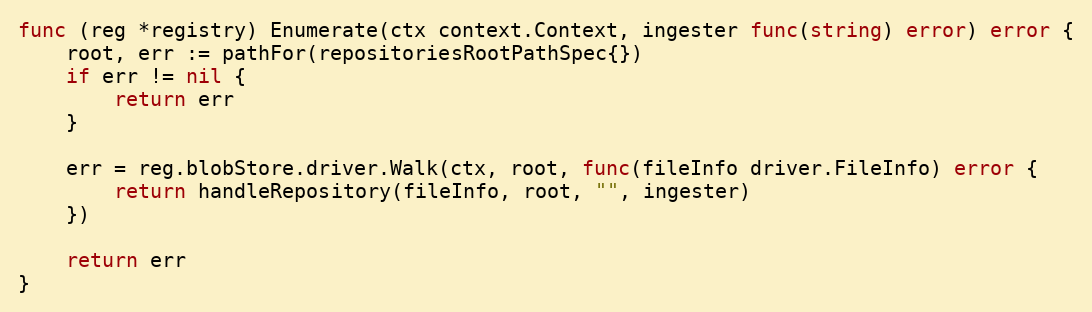
Language: Go
func (reg *registry) Enumerate(ctx context.Context, ingester func(string) error) error {
	root, err := pathFor(repositoriesRootPathSpec{})
	if err != nil {
		return err
	}

	err = reg.blobStore.driver.Walk(ctx, root, func(fileInfo driver.FileInfo) error {
		return handleRepository(fileInfo, root, "", ingester)
	})

	return err
}